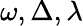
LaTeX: \omega,\Delta,\lambda